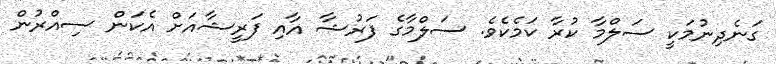
ގަނެދިނުމަކީ ސަލްމާ ކުރާ ކަމެކެވެ. ސަލްމާގެ ފަރުޝާ އާއި ފަރީޝާއަށް އެކަން ސިއްރުން